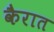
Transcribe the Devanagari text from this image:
कैरात